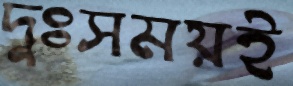
দুঃসময়ই